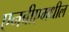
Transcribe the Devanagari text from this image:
एनबीएमधील